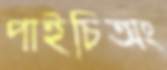
পাইচিঅং